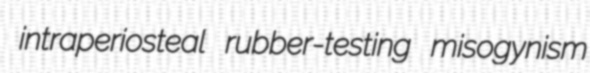
intraperiosteal rubber-testing misogynism